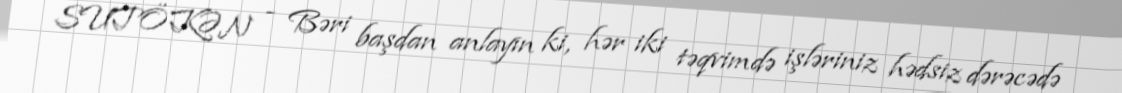
SUTÖKƏN - Bəri başdan anlayın ki, hər iki təqvimdə işləriniz hədsiz dərəcədə